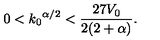
0 < { k _ { 0 } } ^ { \alpha / 2 } < \frac { 2 7 V _ { 0 } } { 2 ( 2 + \alpha ) } .